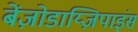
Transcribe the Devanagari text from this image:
बेंज़ोडाय्ज़िपाइंस